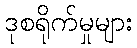
ဒုစရိုက်မှုများ